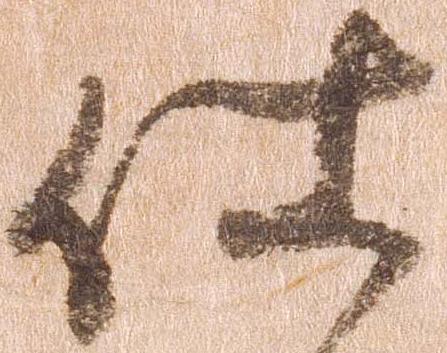
仕